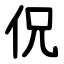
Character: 㑆